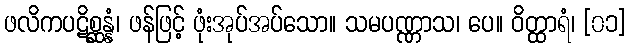
ဖလိကပဋိစ္ဆန္နံ၊ ဖန်ဖြင့် ဖုံးအုပ်အပ်သော။ သမပဏ္ဏာသ၊ ပေ။ ဝိတ္ထာရံ၊ [၀၁]